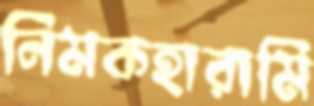
নিমকহারামি